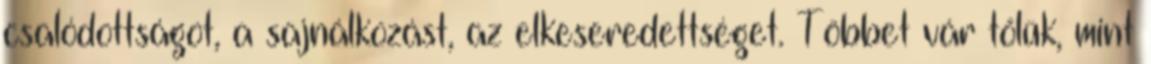
csalódottságot, a sajnálkozást, az elkeseredettséget. Többet vár tőlük, mint